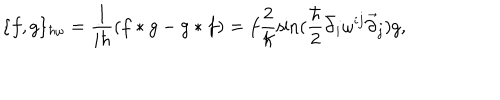
LaTeX: \{ f , g \} _ { \hbar \omega } = \frac { 1 } { i \hbar } ( f * g - g * f ) = f \frac { 2 } { \hbar } \sin ( \frac { \hbar } { 2 } \bar { \partial } _ { i } \omega ^ { i j } \vec { \partial } _ { j } ) g ,